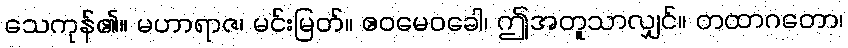
သေကုန်၏။ မဟာရာဇ၊ မင်းမြတ်။ ဧဝမေဝခေါ၊ ဤအတူသာလျှင်။ တထာဂတော၊